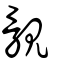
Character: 覶